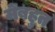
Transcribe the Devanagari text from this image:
मेंबहुत